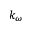
k _ { \omega }